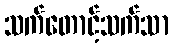
သက်တောင့်သက်သာ